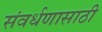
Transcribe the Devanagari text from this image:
संवर्धणासाठी